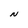
Character: N